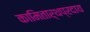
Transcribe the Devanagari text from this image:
कामितार्थप्रदाय